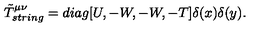
\tilde { T } _ { s t r i n g } ^ { \mu \nu } = d i a g [ U , - W , - W , - T ] \delta ( x ) \delta ( y ) .